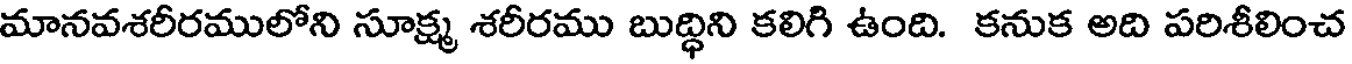
మానవశరీరములోని సూక్ష్మ శరీరము బుద్ధిని కలిగి ఉంది. కనుక అది పరిశీలించ